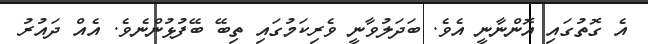
އެ ގޮތުގައި އޮންނާނީ އެވެ. ބަދަލުވާނީ ވެރިކަމުގައި ތިބޭ ބޭފުޅުންނެވެ. އެއް ދައުރު